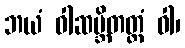
ဘယံ ဝါဆမ္ဘိတတ္တံ ဝါ၊